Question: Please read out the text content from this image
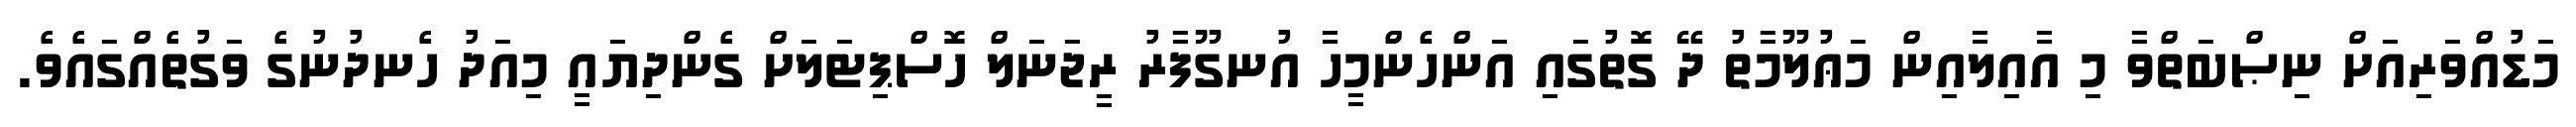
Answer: މަޑުއްވަރިއަށް ނިޞްބަތްވާ މި އާއިލާއިން މަޢުލޫމާތު ދޭ ގޮތުގައި އަންހެންމީހާ އުނގޫފާރު ރީޖަނަލް ހޮސްޕިޓަލަށް ގެންދިޔައީ މިއަދު ހެނދުނުގެ ވަގުތެއްގައެވެ.